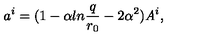
a ^ { i } = ( 1 - \alpha l n { \frac { q } { r _ { 0 } } } - 2 \alpha ^ { 2 } ) { \it A } ^ { i } ,